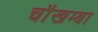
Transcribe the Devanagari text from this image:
चाैखम्बा